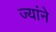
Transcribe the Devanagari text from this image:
ज्यांने